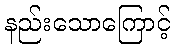
နည်းသောကြောင့်